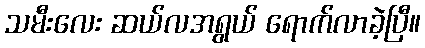
သမီးလေး ဆယ်လအရွယ် ရောက်လာခဲ့ပြီ။